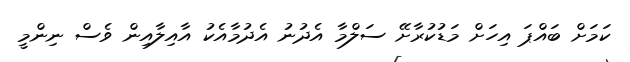
ކަމަށް ބައްޕަ އިހަށް މަޑުކުރާށޭ ސަލްމާ އެދުނު އެދުމާއެކު އާއިލާއިން ވެސް ނިންމީ